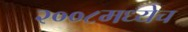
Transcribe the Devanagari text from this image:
२००८मध्येच